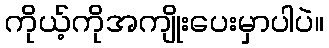
ကိုယ့်ကိုအကျိုးပေးမှာပါပဲ။